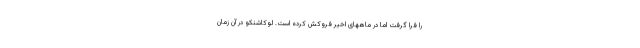
را فرا گرفت اما در ماههای اخیر فروکش کرده است. لوکاشنکو در آن زمان